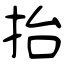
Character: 抬